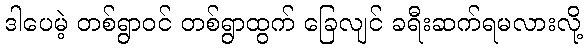
ဒါပေမဲ့ တစ်ရွာဝင် တစ်ရွာထွက် ခြေလျင် ခရီးဆက်ရမလားလို့